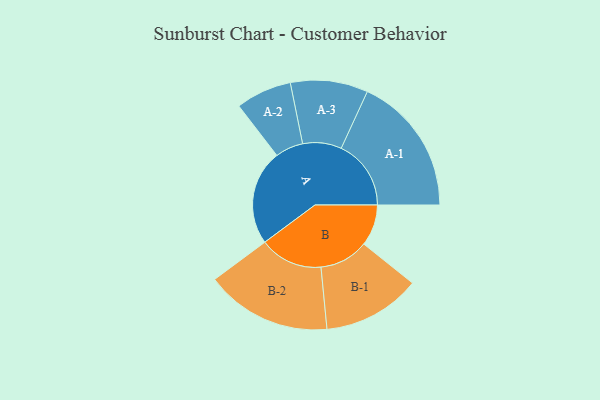
{"axis": {"x": "Segment", "y": "Value"}, "legend": ["", "A", "B"], "data": [{"x": "A", "y": 398, "type": ""}, {"x": "B", "y": 173, "type": ""}, {"x": "A-1", "y": 292, "type": "A"}, {"x": "A-2", "y": 117, "type": "A"}, {"x": "A-3", "y": 162, "type": "A"}, {"x": "B-1", "y": 205, "type": "B"}, {"x": "B-2", "y": 264, "type": "B"}]}